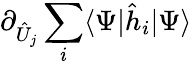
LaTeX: \partial_{\hat{U}_{j}}\sum_{i}\langle\Psi|\hat{h}_{i}|\Psi\rangle